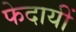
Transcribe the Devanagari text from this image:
फेदायीं